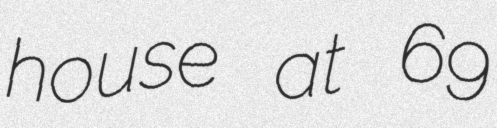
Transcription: house at 69